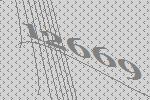
12669